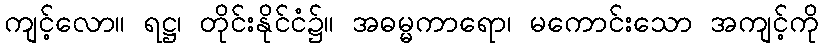
ကျင့်လော။ ရဋ္ဌ၊ တိုင်းနိုင်ငံ၌။ အဓမ္မကာရော၊ မကောင်းသော အကျင့်ကို